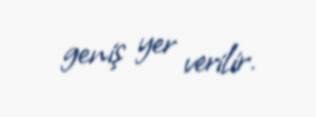
geniş yer verilir.